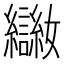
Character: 𡤨